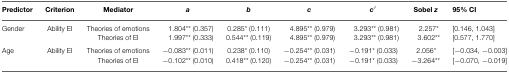
<table><thead><tr><td><b>Predictor</b></td><td><b>Criterion</b></td><td><b>Mediator</b></td><td><b><i>a</i></b></td><td><b><i>b</i></b></td><td><b><i>c</i></b></td><td><b><i>c</i>′</b></td><td><b>Sobel <i>z</i></b></td><td><b>95% CI</b></td></tr></thead><tbody><tr><td>Gender</td><td>Ability EI</td><td>Theories of emotions</td><td> 1.804** (0.357)</td><td>0.285* (0.111)</td><td> 4.895** (0.979)</td><td> 3.293** (0.981)</td><td> 2.257*</td><td>[0.146, 1.043]</td></tr><tr><td></td><td></td><td>Theories of EI</td><td> 1.997** (0.333)</td><td>0.544** (0.119)</td><td> 4.895** (0.979)</td><td> 3.293** (0.981)</td><td> 3.602**</td><td>[0.577, 1.770]</td></tr><tr><td>Age</td><td>Ability EI</td><td>Theories of emotions</td><td>–0.083** (0.011)</td><td>0.238* (0.110)</td><td>–0.254** (0.031)</td><td>–0.191* (0.033)</td><td>2.056*</td><td>[–0.034, –0.003]</td></tr><tr><td></td><td></td><td>Theories of EI</td><td>–0.102** (0.010)</td><td>0.418** (0.120)</td><td>–0.254** (0.031)</td><td>–0.191* (0.033)</td><td>–3.264**</td><td>[–0.070, –0.019]</td></tr></tbody></table>